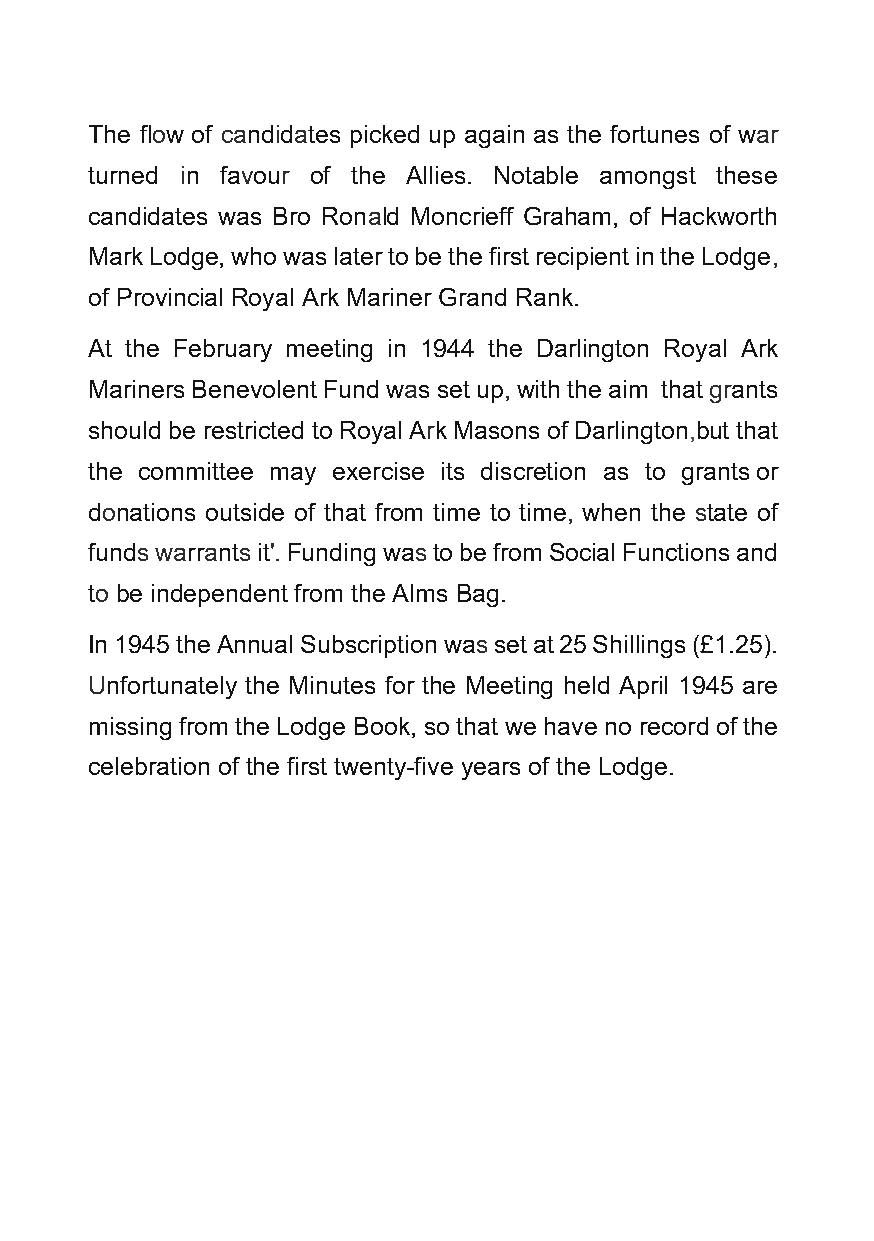
The flow of candidates picked up again as the fortunes of war
 turned in favour of the Allies. Notable amongst these
 candidates was Bro Ronald Moncrieff Graham, of Hackworth
 Mark Lodge, who was later to be the first recipient in the Lodge,
 of Provincial Royal Ark Mariner Grand Rank.
 At the February meeting in 1944 the Darlington Royal Ark
 Mariners Benevolent Fund was set up, with the aim that grants
 should be restricted to Royal Ark Masons of Darlington, but that
 the committee may exercise its discretion as to grants or
 donations outside of that from time to time, when the state of
 funds warrants it'. Funding was to be from Social Functions and
 to be independent from the Alms Bag.
 In 1945 the Annual Subscription was set at 25 Shillings (£1.25).
 Unfortunately the Minutes for the Meeting held April 1945 are
 missing from the Lodge Book, so that we have no record of the
 celebration of the first twenty-five years of the Lodge.